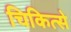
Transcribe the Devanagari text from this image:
चिकित्से